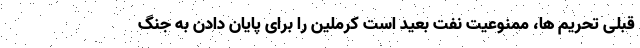
قبلی تحریم ها، ممنوعیت نفت بعید است کرملین را برای پایان دادن به جنگ